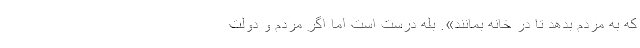
که به مردم بدهد تا در خانه بمانند». بله درست است اما اگر مردم و دولت